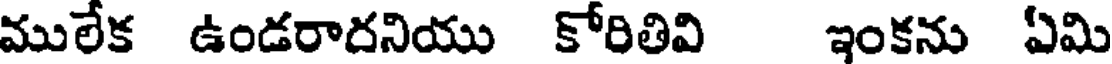
ములేక ఉండరాదనియు కోరితివి ఇంకను ఏమి